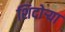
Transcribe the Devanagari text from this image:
शिदोऱ्या